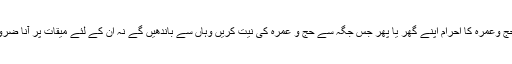
۵- جو لوگ میقات اور مکہ مکرمہ کے درمیان میں واقع مقامات پر رہتے ہیں وہ حج وعمرہ کا احرام اپنے گھر یا پھر جس جگہ سے حج و عمرہ کی نیت کریں وہاں سے باندھیں گے نہ ان کے لئے میقات پر آنا ضروری ہے اور نہ ہی بغیر احرام باندھے مکہ مکرمہ کی طرف روانہ ہونا جائز ہے ۔